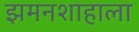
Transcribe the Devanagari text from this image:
झमनशाहाला